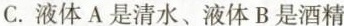
C.液体A是清水、液体B是酒精